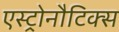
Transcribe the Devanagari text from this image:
एस्ट्रोनौटिक्स